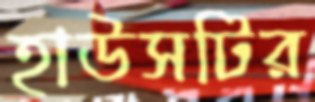
হাউসটির